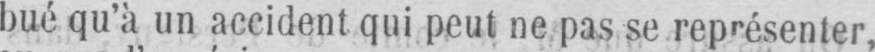
bué qu’à un accident qui peut ne pas se représenter,